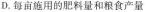
D.每亩用的肥料量和粮食产量